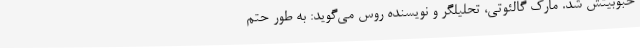
حبوبیتش شد. مارک گالئوتی، تحلیلگر و نویسنده روس می‌گوید: به طور حتم